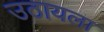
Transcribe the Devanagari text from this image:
उठायला